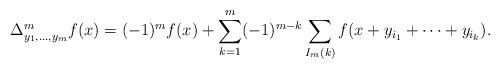
LaTeX: \begin{align*} \Delta_{y_1,\ldots ,y_m}^m f(x)=(-1)^mf(x)+\sum_{k=1}^m (-1)^{m-k} \sum_{I_m(k)} f(x+y_{i_1}+\cdots +y_{i_k}).\end{align*}